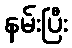
နမ်းပြီး